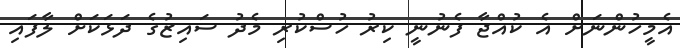
އެމީހުންނަށް އެ ކުއްޖާ ފެނުނީ ކިރު ހުސްކުރި މެދު ސައިޒުގެ ދަޅަކަށް ލާފައި